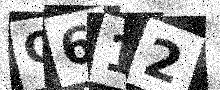
Text: O612